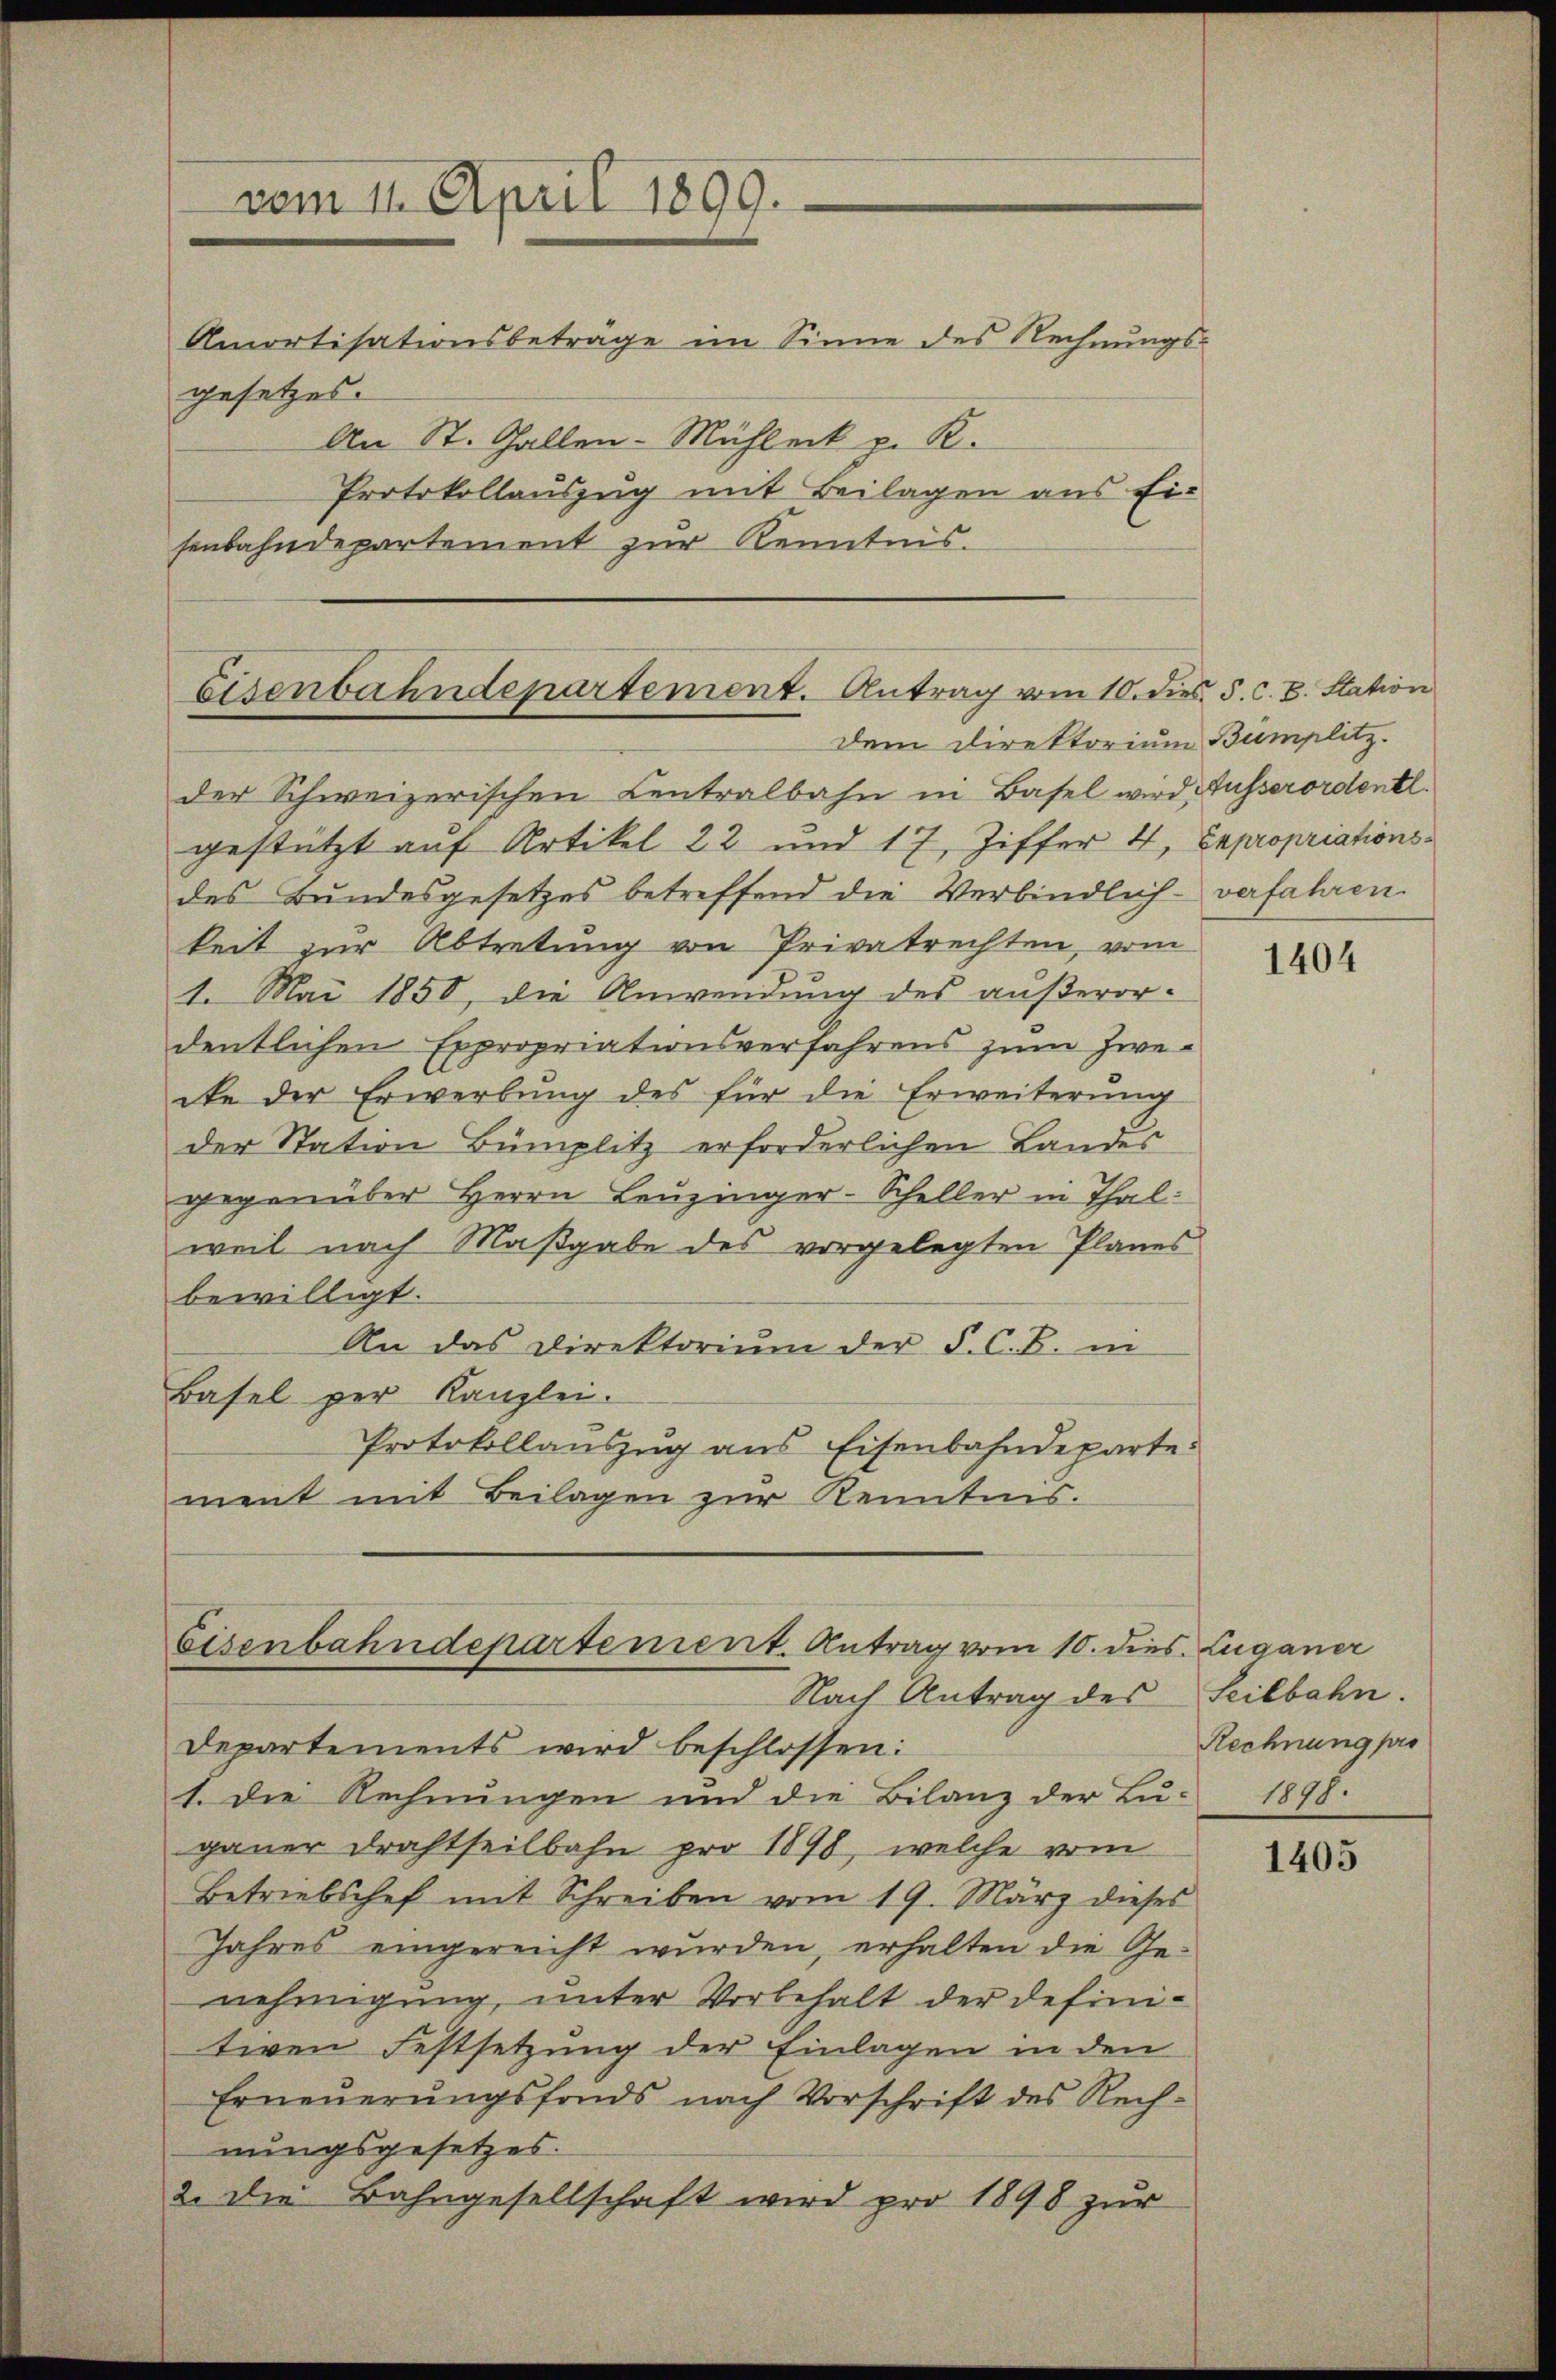
vom 11. April 1899.

Eisenbahndepartement. Antrag vom 10. dies. 5. c. 8. Station
Dem Direktorium Bumplitz.

Eisenbahndepartement. Antrag vom 10. dies. Luganer
Nach Antrag des Seitbahn.

Amortisationsbetrage im Sinne des Rechnungs-
gesetzes.
An St. Gallen-Mühleck p. R.
Protokollauszug mit Beilagen aus Eisenbahndepartement zur Kenntnis.

der Schweizerischen Centralbahn in Basel wird Ausserordentl.
gestützt auf Artikel 22 und 17, Ziffer 4, Expropriationsdes Bundesgesetzes betreffend die Verbindlich-verfahren.
keit zur Abtretung von Privatrechten, vom
1. Mai 1850, die Anwendung des außerordentlichen Expropriationsverfahrens zum Zwecke der Erwerbung des für die Erweiterŭng
der Station Bümplitz erforderlichen Landes
gegenüber Herrn Leuzinger-Scheller in Thalweil nach Maßgabe des vorgelegten Planes
bewilligt.
An das Direktorium der F. C. B. in
Basel per Kanzlei.
Protokollauszug aus Eisenbahndeparte.
ment mit Beilagen zur Kenntnis.

Departements wird beschlossen:
1. Die Rechnungen und die Bilanz der Lu- 1898.
gauer Drahtseilbahn pro 1898, welche vom
Betriebschef mit Schreiben vom 19. März dieses
Jahres eingereicht wurden, erhalten die Genehmigung, unter Vorbehalt der definitiven Festsetzung der Einlagen in den
Erneŭerŭngsfonds nach Vorschrift des Rech-
nungsgesetzes.
2. Die Bahngesellschaft wird pro 1898 zŭr

1404

Rechnung pro

1405